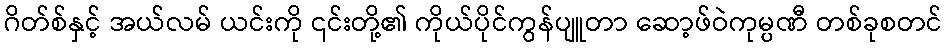
ဂိတ်စ်နှင့် အယ်လမ် ယင်းကို ၎င်းတို့၏ ကိုယ်ပိုင်ကွန်ပျူတာ ဆော့ဖ်ဝဲကုမ္ပဏီ တစ်ခုစတင်